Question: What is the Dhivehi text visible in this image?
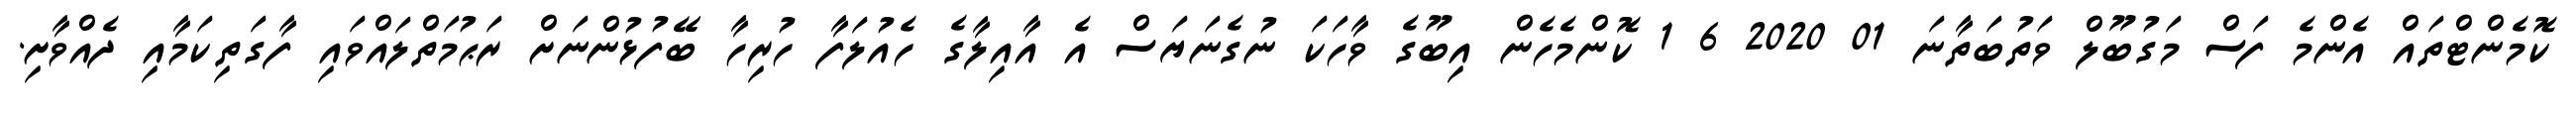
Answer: ކޮމެންޓްތައް އެންމެ ފަސް މަގުބޫލް ވަތުބަތާނަ 01 2020 6 1 ކޮންމެހެން އިބޫގެ ވާހަކަ ނުގެނަޔަސް އެ އާއިލާގެ ހެއުލަފާ ހުރިހާ ބޭފުޅުންނަށް ރަޙުމަތްލައްވައި ފާގަތިކަމާއި ދެއްވާށި.